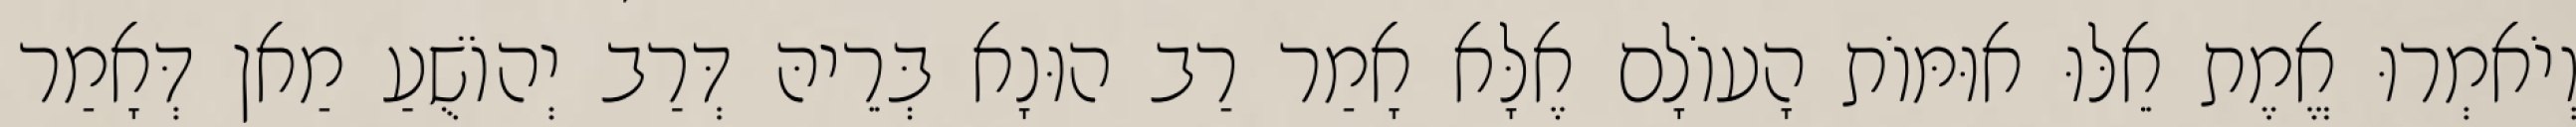
וְיֹאמְרוּ אֱמֶת אֵלּוּ אוּמּוֹת הָעוֹלָם אֶלָּא אָמַר רַב הוּנָא בְּרֵיהּ דְּרַב יְהוֹשֻׁעַ מַאן דְּאָמַר